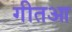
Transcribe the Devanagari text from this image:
गीतआ